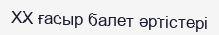
XX ғасыр балет әртістері